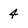
Character: 4